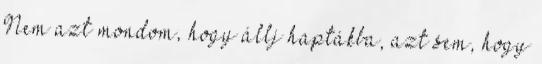
Nem azt mondom, hogy állj haptákba, azt sem, hogy